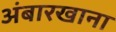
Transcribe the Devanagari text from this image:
अंबारखाना